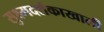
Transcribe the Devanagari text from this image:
सुक्ष्मदर्शकाखाली